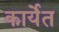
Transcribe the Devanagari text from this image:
कार्येत